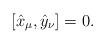
LaTeX: \begin{align*}[\hat{x}_\mu,\hat{y}_\nu]=0.\end{align*}